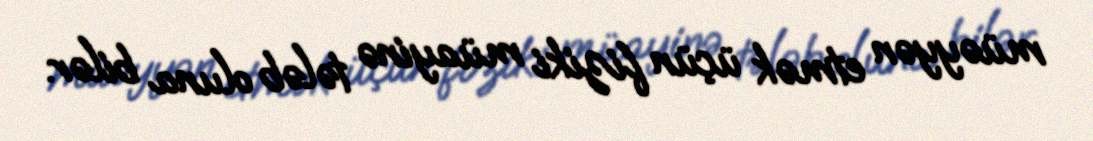
müəyyən etmək üçün fiziki müayinə tələb oluna bilər.